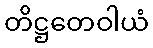
တိဋ္ဌတေဝါယံ